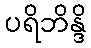
ပရိဘိန္ဒိ